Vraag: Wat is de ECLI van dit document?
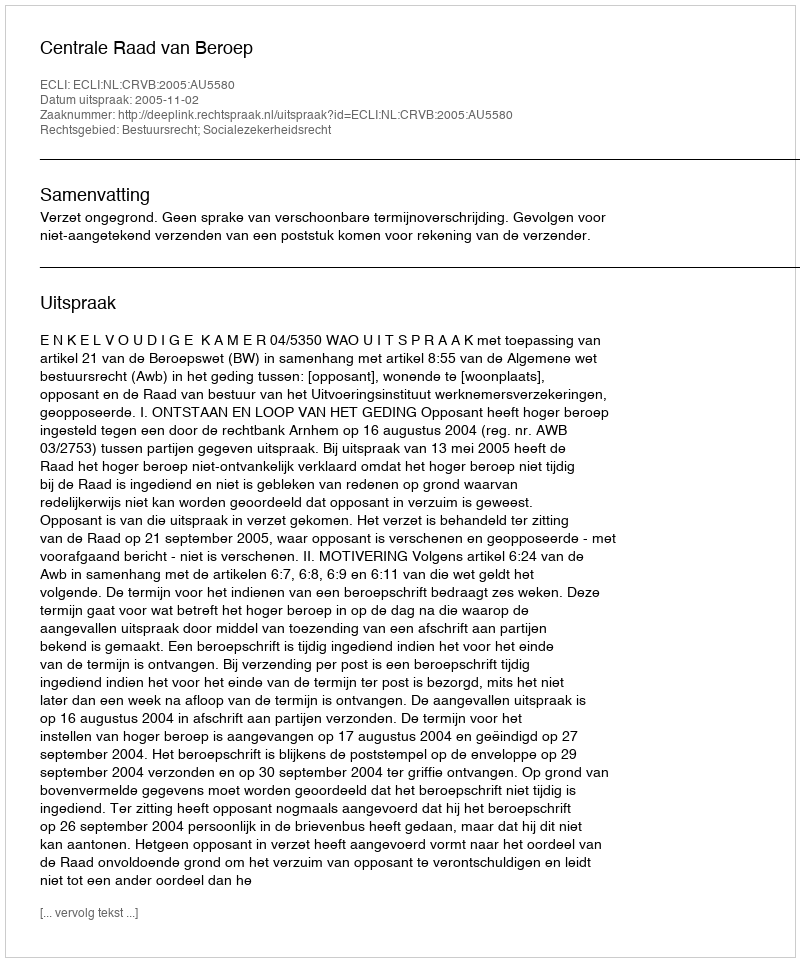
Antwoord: ECLI:NL:CRVB:2005:AU5580